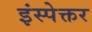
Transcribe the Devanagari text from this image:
इंस्पेक्तर